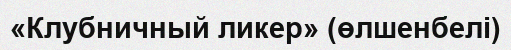
«Клубничный ликер» (өлшенбелі)